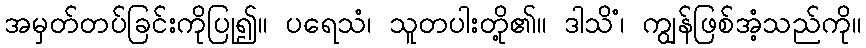
အမှတ်တပ်ခြင်းကိုပြု၍။ ပရေသံ၊ သူတပါးတို့၏။ ဒါသိံ၊ ကျွန်ဖြစ်အံ့သည်ကို။